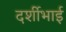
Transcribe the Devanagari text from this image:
दर्शीभाई